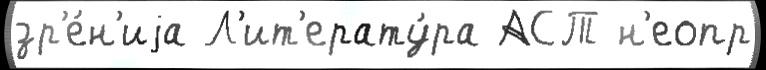
зр'е́н'иjа Л'ит'ерату́ра АСТ н'еопр